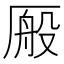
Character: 𫨕